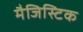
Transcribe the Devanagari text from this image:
मैजिस्टिक